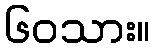
၆၀သား။